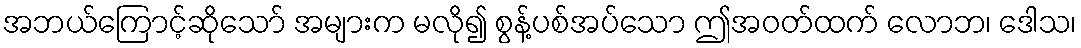
အဘယ်ကြောင့်ဆိုသော် အများက မလို၍ စွန့်ပစ်အပ်သော ဤအဝတ်ထက် လောဘ၊ ဒေါသ၊